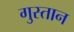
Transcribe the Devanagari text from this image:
गुस्तान